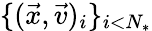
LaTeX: \{ (\vec{x},\vec{v})_{i}\} _{i<N_{*}}